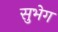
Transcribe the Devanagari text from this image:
सुभेग